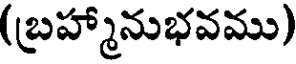
(బ్రహ్మానుభవము)